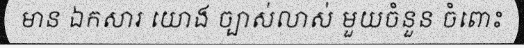
មាន ឯកសារ យោង ច្បាស់លាស់ មួយចំនួន ចំពោះ